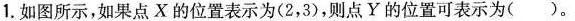
1.如图所示，如果点X的位置表示为(2，3)，则点Y的位置可表示为()。